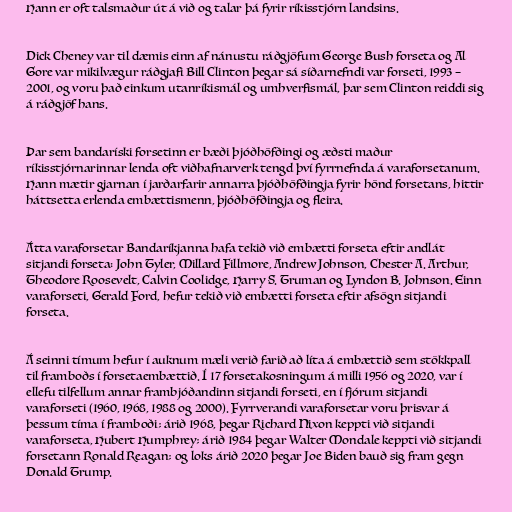
Hann er oft talsmaður út á við og talar þá fyrir ríkisstjórn landsins.

Dick Cheney var til dæmis einn af nánustu ráðgjöfum George Bush forseta og Al
Gore var mikilvægur ráðgjafi Bill Clinton þegar sá síðarnefndi var forseti, 1993 –
2001, og voru það einkum utanríkismál og umhverfismál, þar sem Clinton reiddi sig
á ráðgjöf hans.

Þar sem bandaríski forsetinn er bæði þjóðhöfðingi og æðsti maður
ríkisstjórnarinnar lenda oft viðhafnarverk tengd því fyrrnefnda á varaforsetanum.
Hann mætir gjarnan í jarðarfarir annarra þjóðhöfðingja fyrir hönd forsetans, hittir
háttsetta erlenda embættismenn, þjóðhöfðingja og fleira.

Átta varaforsetar Bandaríkjanna hafa tekið við embætti forseta eftir andlát
sitjandi forseta: John Tyler, Millard Fillmore, Andrew Johnson, Chester A. Arthur,
Theodore Roosevelt, Calvin Coolidge, Harry S. Truman og Lyndon B. Johnson. Einn
varaforseti, Gerald Ford, hefur tekið við embætti forseta eftir afsögn sitjandi
forseta.

Á seinni tímum hefur í auknum mæli verið farið að líta á embættið sem stökkpall
til framboðs í forsetaembættið. Í 17 forsetakosningum á milli 1956 og 2020, var í
ellefu tilfellum annar frambjóðandinn sitjandi forseti, en í fjórum sitjandi
varaforseti (1960, 1968, 1988 og 2000). Fyrrverandi varaforsetar voru þrisvar á
þessum tíma í framboði; árið 1968, þegar Richard Nixon keppti við sitjandi
varaforseta, Hubert Humphrey; árið 1984 þegar Walter Mondale keppti við sitjandi
forsetann Ronald Reagan; og loks árið 2020 þegar Joe Biden bauð sig fram gegn
Donald Trump.